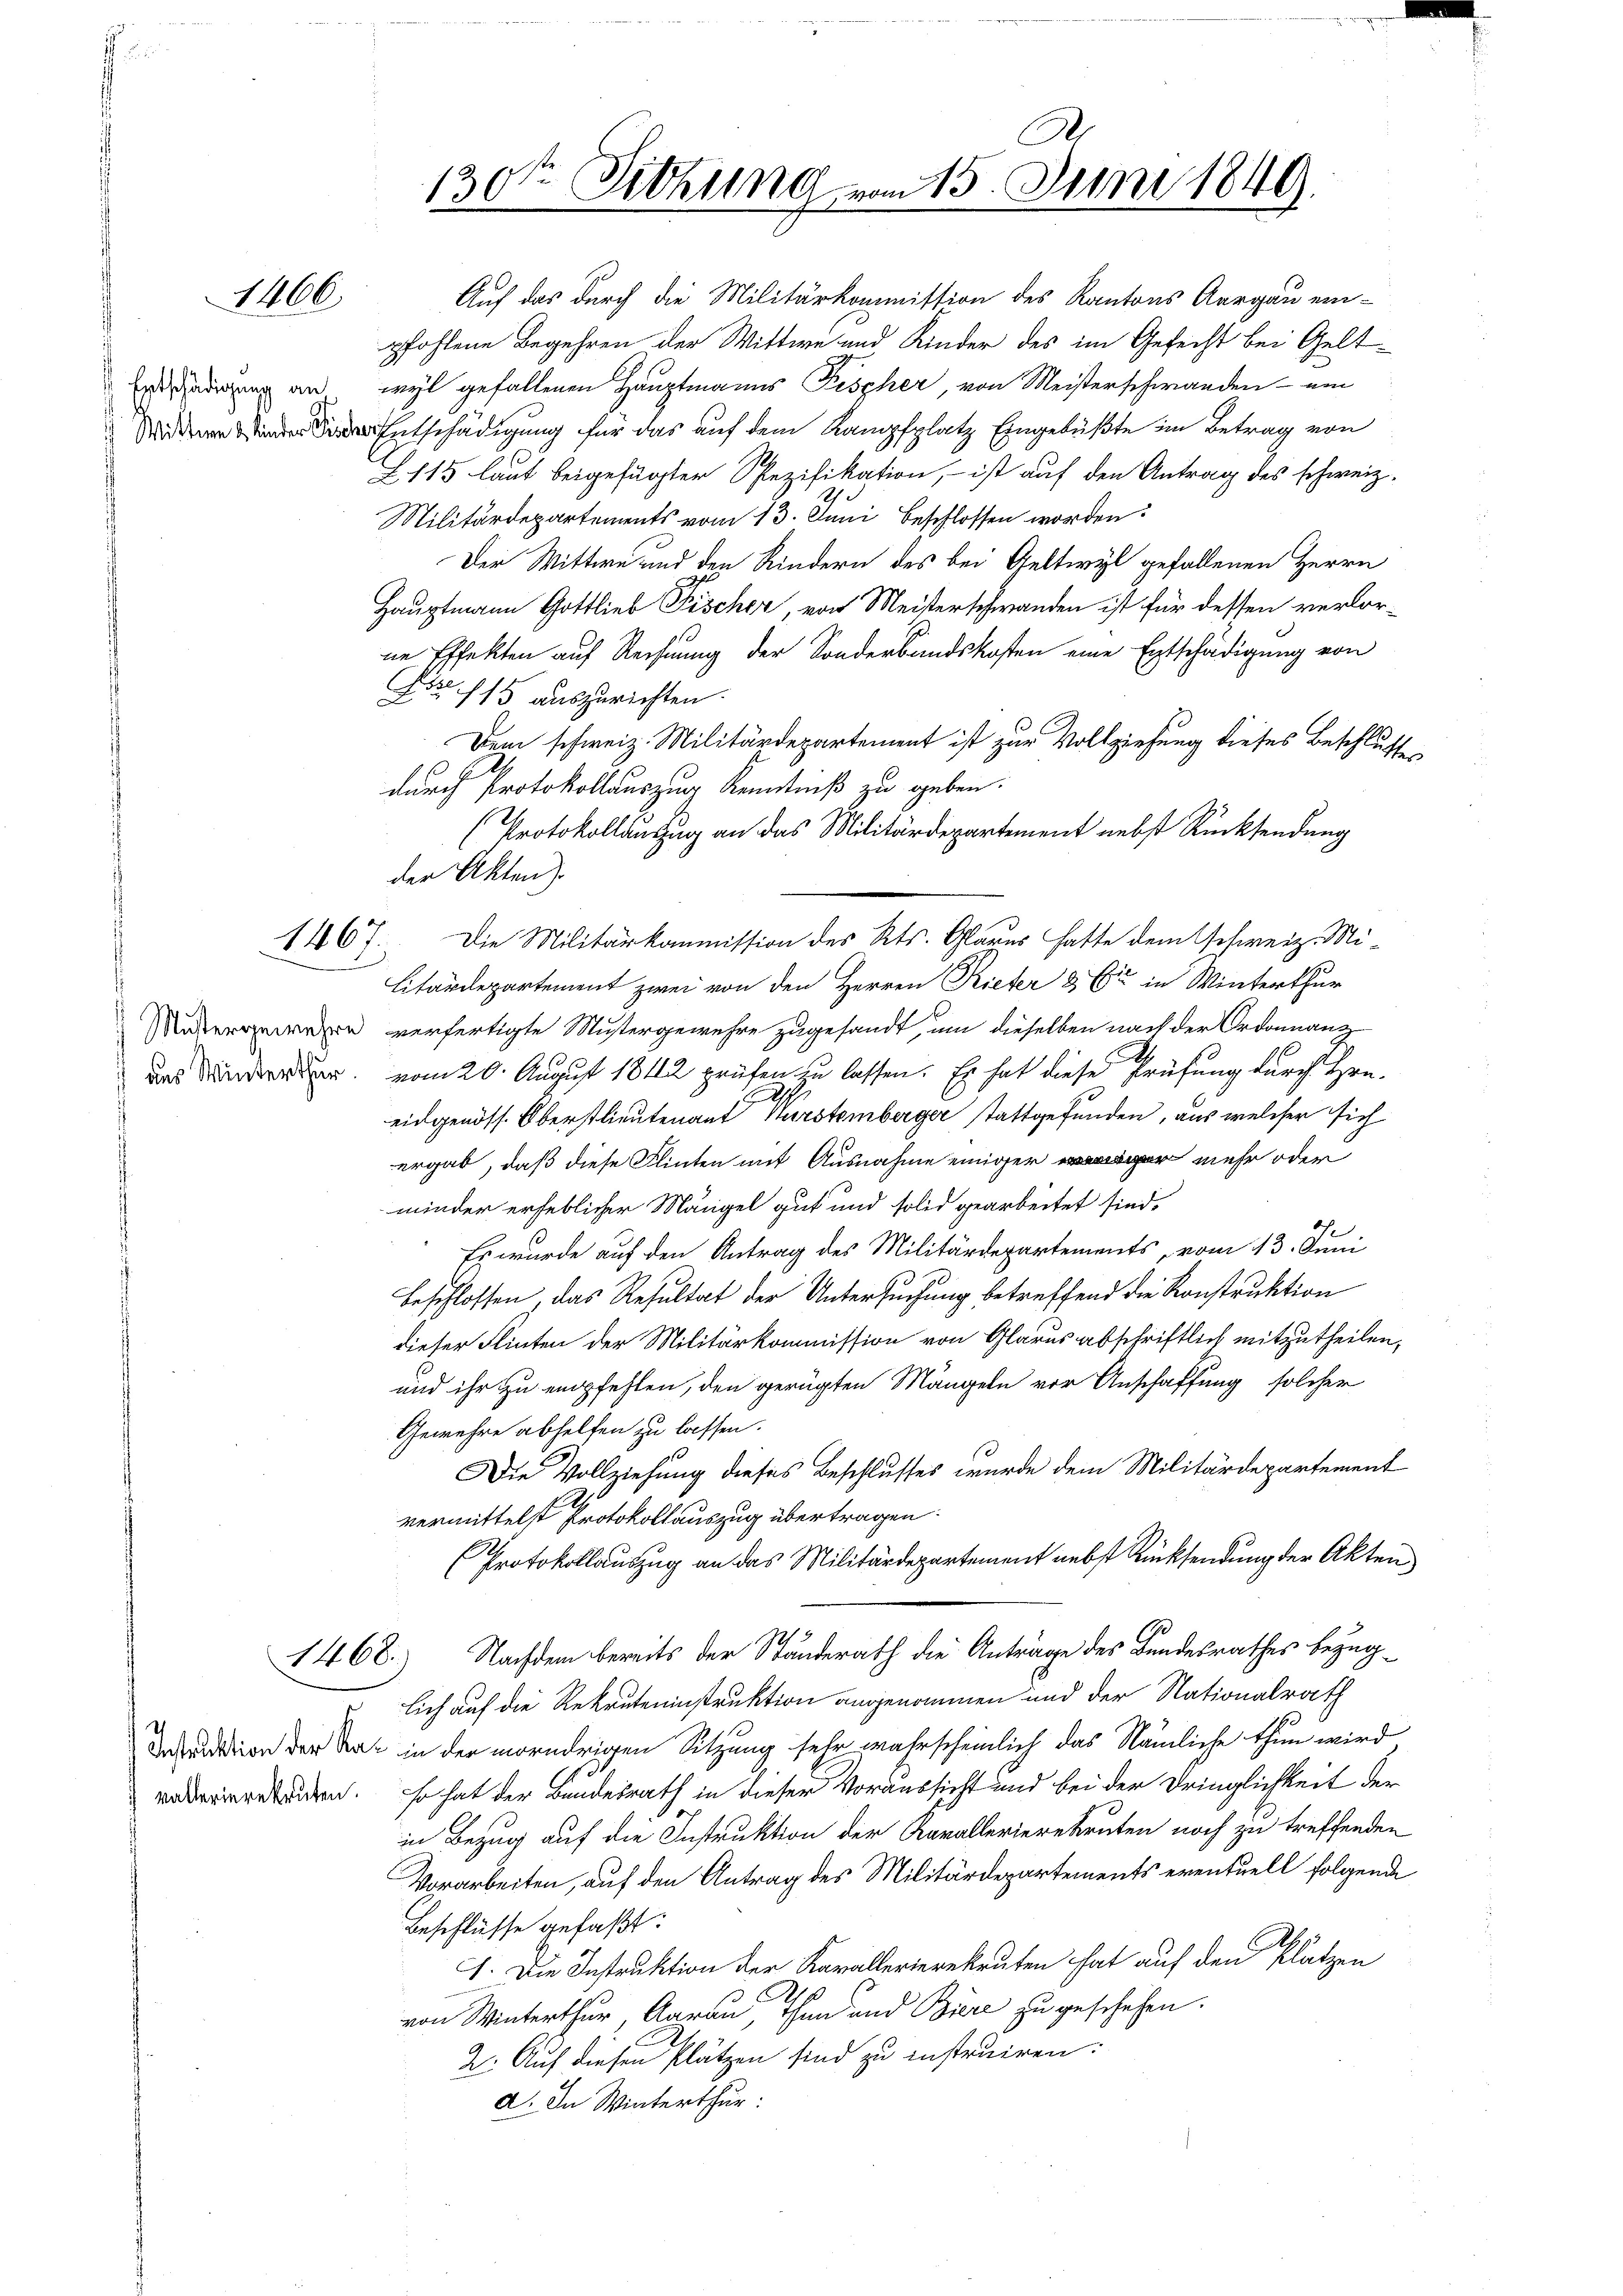
1466

Entschädigung an

1467.

Auf das durch die Militärkommission des Kantons Aargau einpfohlene Begehren der Wittwe und Kinder des im Gefecht bei Gelts
wyl gefallenen Hauptmanns Fischer, von Meisterschwanden - am
Entschädigung für das auf dem Kampfplatz Eingebüßte im Betrag von
L 115 laut beigefügter Spezifikation, – ist auf den Antrag des schweiz.
Militärdepartements vom 13. Juni beschlossen worden:
Der Wittwe und den Kindern des bei Geltwyl gefallenen Herrn
Hauptmann Gottlieb Fischer, von Meisterschwanden ist für dessen verlorne Effekten auf Rechnung der Sonderbandskosten eine Entschädigung von
A 15 auszurichten.
Dem schweiz. Militärdepartement ist zur Vollziehung dieses Beschlussen

durch Protokollauszug Kenntniß zu geben.
(Protokollauszug an das Militärdepartement nebst Rücksendung
der Akten).
Die Militärkommission des Kts. Glarus hatte dem schweiz. Mi¬
Citärdepartement zwei von den Herren Rieter & Cie in Winterthur
n verfertigte Mustergewehre zugesandt, um dieselben nach der Ordonnanz
das werden vom 20. August 1842 prüfen zu lassen. Es hat diese Prüfung durch Hrn.
eidgenöss. Oberstlieutenant Hurstemberger stattgefunden, aus welcher sich
ergab, daß diese Flinten mit Ausnahme einiger mehr oder
minder erheblicher Mängel gut und solid gearbeitet sind.
Es wurde auf den Antrag des Militärdepartements, vom 13. Juni
beschlossen, das Resultat der Untersuchung betreffend die Konstruktion
dieser Flinten der Militärkommission von Glarus abschriftlich mitzutheilen,
und ihr zu empfehlen, den gerügten Mängeln vor Anschaffung solcher
Gewehre abhelfen zu lassen.
Die Vollziehung dieses Beschlusses wurde dem Militärdepartement
vermittelst Protokollauszug übertragen.
Protokollauszug an das Militärdepartement nebst Rücksendung der Akten
72/3
1468.) Nachdem bereits der Standerath die Antrage des Bundesrathes bezüglich auf die Rekruteninstruktion angenommen und der Nationalrath
Inpension der Tat in der morndrigen Sitzung sehr wahrscheinlich das Nämliche thun wird
getauten. so hat der Bundesrath in dieser Voraussicht und bei der Dringlichkeit der
in Bezug auf die Instruktion der Kavallerierekruten noch zu treffenden
Vorarbeiten, auf den Antrag des Militärdepartements eventuell folgende
Beschlüsse gefaßt:
I. Die Instruktion der Kavallerierekruten hat auf den Plätzen
von Winterthur, Aarau, Thun und Büre zu geschehen.
2. Auf diesen Plätzen sind zu instruiren.
a. In Winterthur:

2

130ten Sitzung vom 15. Juni 1849.